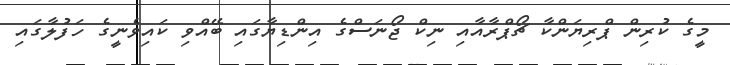
މީގެ ކުރިން ޕްރިޔަންކާ ޗޯޕްރާއާއި ނިކް ޖޯނަސްގެ އިންޑިޔާގައި ބޭއްވި ކައިވެނީގެ ހަފުލާގައި